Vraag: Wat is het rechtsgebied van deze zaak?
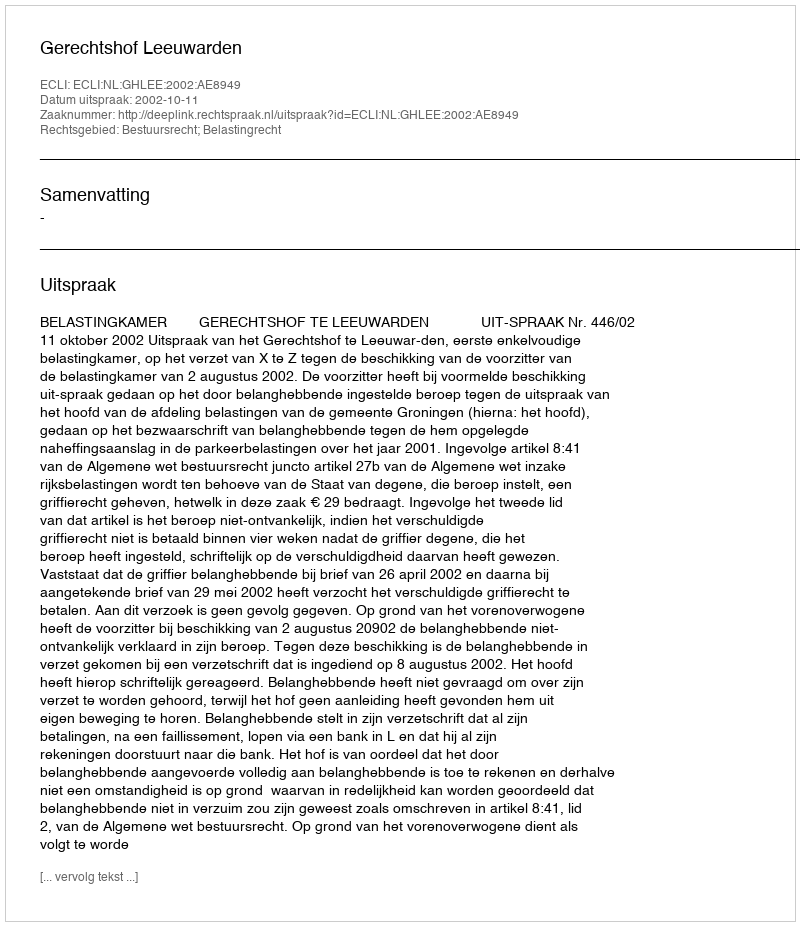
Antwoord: Bestuursrecht; Belastingrecht